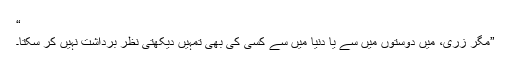
“
”مگر زری، میں دوستوں میں سے یا دنیا میں سے کسی کی بھی تمہیں دیکھتی نظر برداشت نہیں کر سکتا۔